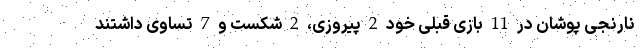
نارنجی پوشان در 11 بازی قبلی خود 2 پیروزی، 2 شکست و 7 تساوی داشتند